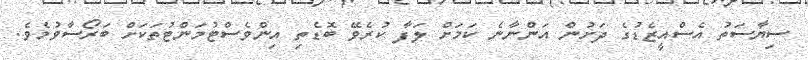
ސިޔާސަތު އެސްއީޒެޑުގެ ދަށުން އަންނާނެ ކަމަށް ލަފާ ކުރެވޭ ބޮޑެތި އިންވެސްޓުމަންޓުތަކަށް ބަރޯސާވުމެވެ.